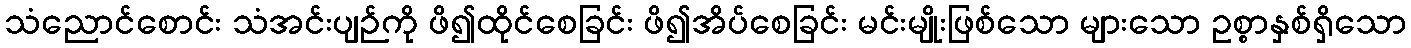
သံညောင်စောင်း သံအင်းပျဉ်ကို ဖိ၍ထိုင်စေခြင်း ဖိ၍အိပ်စေခြင်း မင်းမျိုးဖြစ်သော များသော ဥစ္စာနှစ်ရှိသော